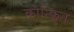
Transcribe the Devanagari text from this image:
कोन्क्लिन